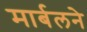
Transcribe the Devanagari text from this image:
मार्बलने